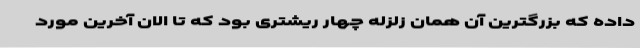
داده که بزرگترین آن همان زلزله چهار ریشتری بود که تا الان آخرین مورد